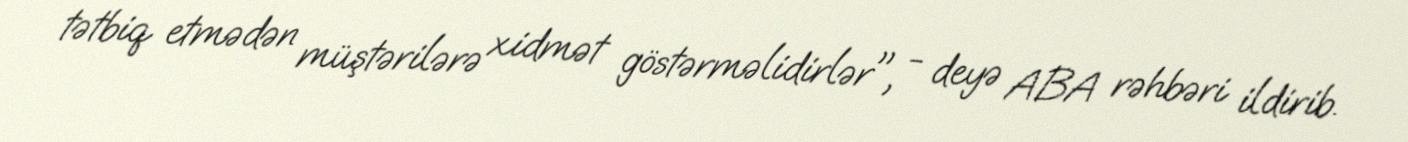
tətbiq etmədən müştərilərə xidmət göstərməlidirlər", - deyə ABA rəhbəri ildirib.